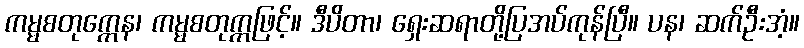
ကမ္မစတုက္ကေန၊ ကမ္မစတုက္ကဖြင့်။ ဒီပိတာ၊ ရှေးဆရာတို့ပြအပ်ကုန်ပြီ။ ပန၊ ဆက်ဦးအံ့။